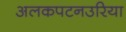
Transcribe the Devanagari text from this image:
अलकपटनउरिया